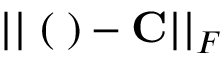
| | { \bf \Xi } ( { \bf \Lambda } ) - { \bf C } | | _ { F }